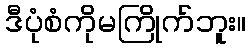
ဒီပုံစံကိုမကြိုက်ဘူး။